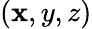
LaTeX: (\mathbf{x},y,z)